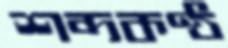
শব্দকণ্ঠ